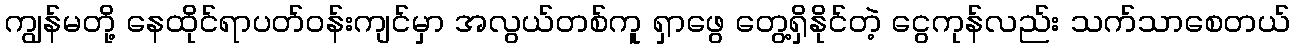
ကျွန်မတို့ နေထိုင်ရာပတ်ဝန်းကျင်မှာ အလွယ်တစ်ကူ ရှာဖွေ တွေ့ရှိနိုင်တဲ့ ငွေကုန်လည်း သက်သာစေတယ်